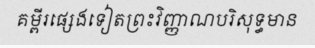
គម្ពីរផ្សេងទៀតព្រះវិញ្ញាណបរិសុទ្ធមាន